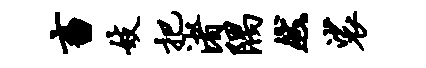
畜妓把渚隅然裟